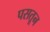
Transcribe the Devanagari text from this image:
पसतून